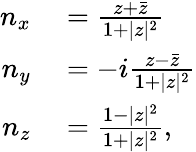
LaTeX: \begin{array}{rl}{n_{x}}&{{}=\frac{z+\bar{z}}{1+|z|^{2}}}\\ {n_{y}}&{{}=-i\frac{z-\bar{z}}{1+|z|^{2}}}\\ {n_{z}}&{{}=\frac{1-|z|^{2}}{1+|z|^{2}},}\end{array}